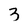
Character: 3